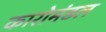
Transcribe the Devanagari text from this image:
कारोमंडल